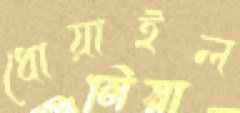
ধোয়াইল